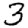
Digit: 3